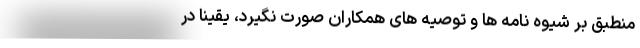
منطبق بر شیوه ‌نامه ها و توصیه های همکاران صورت نگیرد، یقیناً در